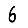
Digit: 6